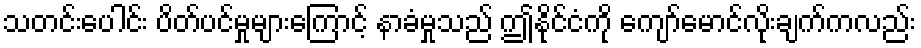
သတင်းပေါင်း ပိတ်ပင်မှုများကြောင့် နာခံမှုသည် ဤနိုင်ငံကို ကျော်မောင်လိုးချက်ကလည်း